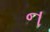
ન